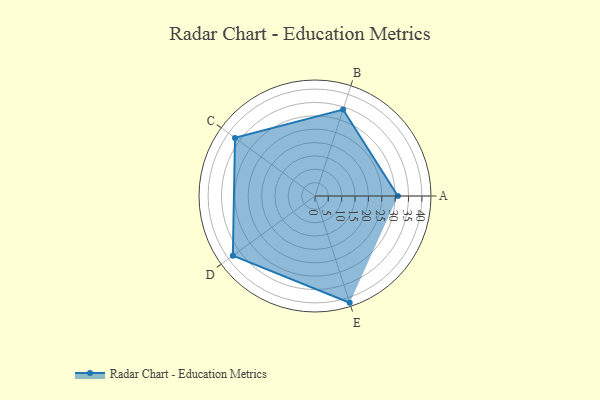
{"axis": {"x": "Skill", "y": "Score"}, "legend": ["Profile"], "data": [{"x": "A", "y": 31.0, "type": "Profile"}, {"x": "B", "y": 34.0, "type": "Profile"}, {"x": "C", "y": 37.0, "type": "Profile"}, {"x": "D", "y": 38.0, "type": "Profile"}, {"x": "E", "y": 42.0, "type": "Profile"}]}